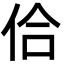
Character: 佮